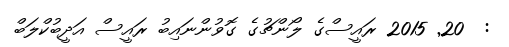
:  20